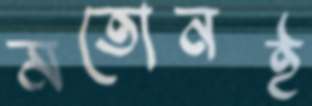
মতোনই